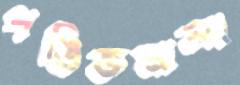
পঙিক্তমালা